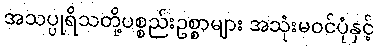
အသပ္ပုရိသတို့ပစ္စည်းဥစ္စာများ အသုံးမဝင်ပုံနှင့်